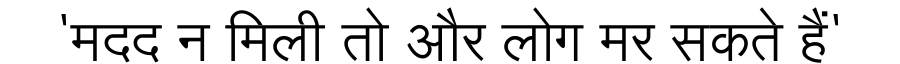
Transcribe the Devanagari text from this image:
'मदद न मिली तो और लोग मर सकते हैं'